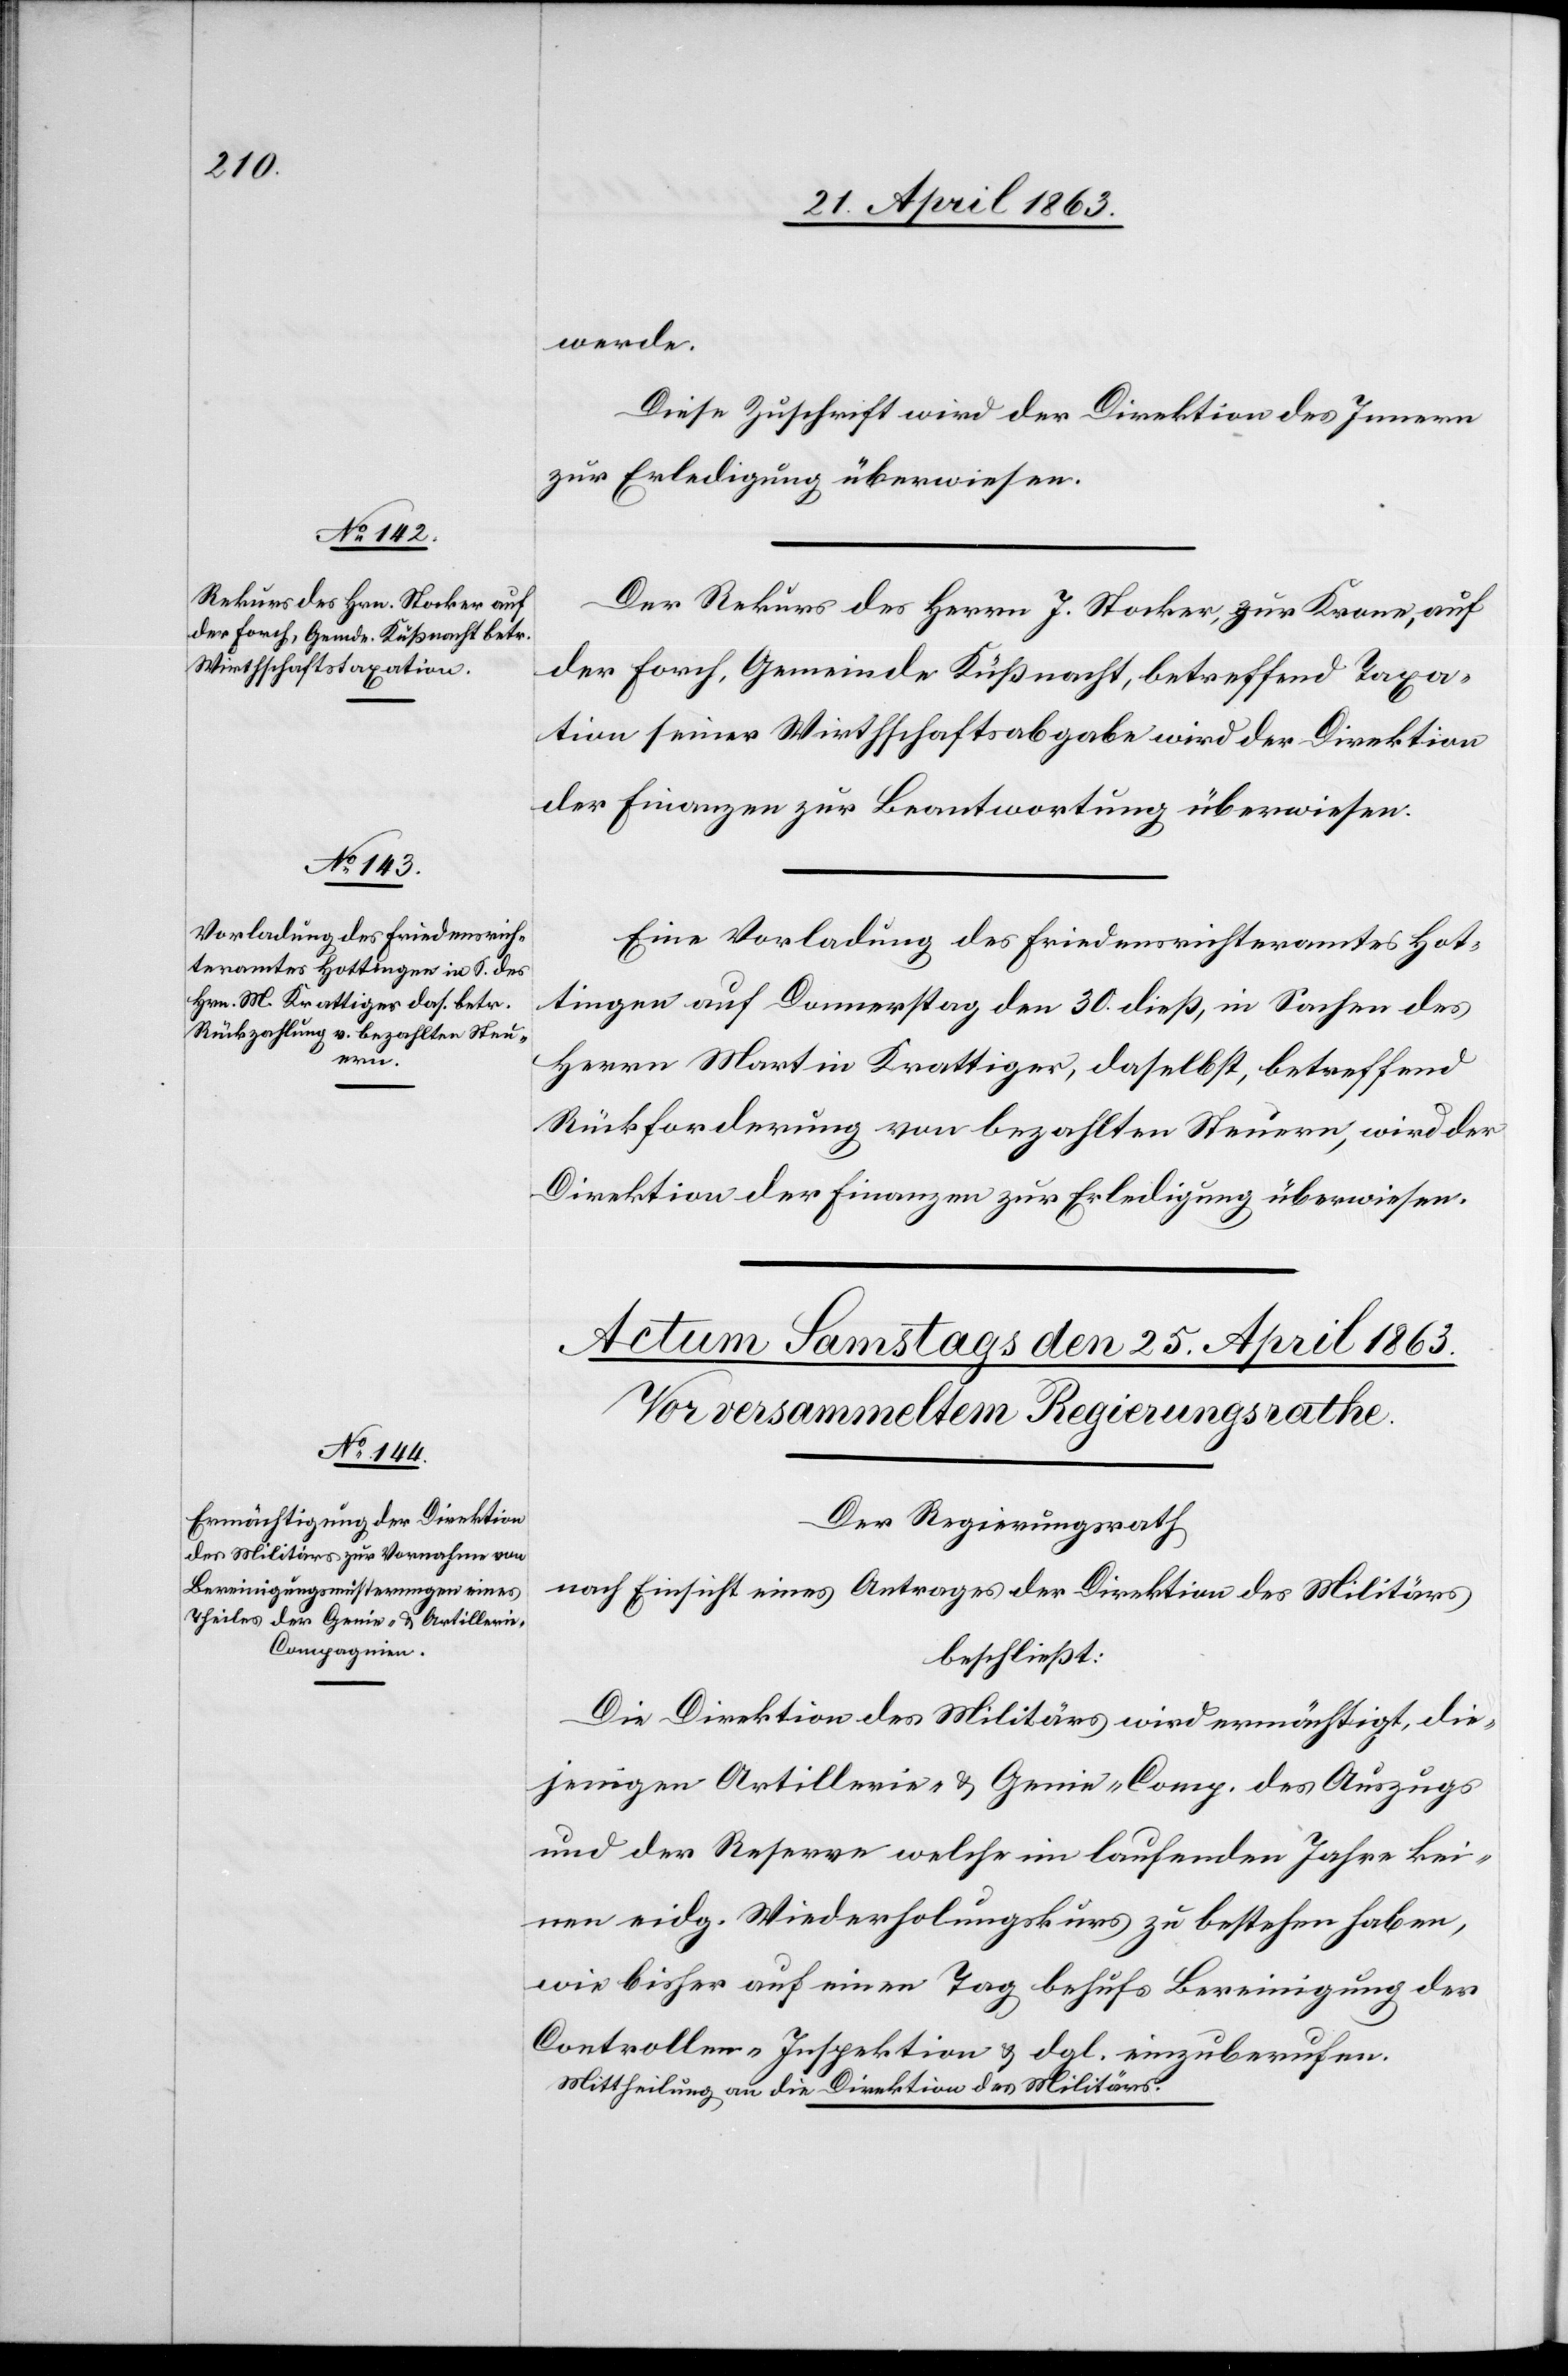
24. April 1863.]
werde.
Diese Zuschrift wird der Direktion des Innern
zur Erledigung überwiesen.
Der Rekurs des Herrn J. Stocker, zur Krone, auf
der Forch, Gemeinde Küßnacht, betreffend Taxa¬
tion seiner Wirthschaftsabgabe wird der Direktion
der Finanzen zur Beantwortung überwiesen.
Eine Vorladung des Friedensrichteramtes Hot¬
tingen auf Donnerstag den 30. dieß, in Sachen des
Herrn Martin Krattiger, daselbst, betreffend
Rückforderung von bezahlten Steuern, wird der
Direktion der Finanzen zur Erledigung überwiesen.
Der Regierungsrath
nach Einsicht eines Antrages der Direktion des Militärs
beschließt:
Die Direktion des Militärs wird ermächtigt, die¬
jenigen Artillerie- & Genie-Comp. des Auszugs
und der Reserve welche im laufenden Jahre kei¬
nen eidg. Wiederholungskurs zu bestehen haben,
wie bisher auf einen Tag behufs Bereinigung der
Controllen-Inspektion & dgl. einzuberufen.
Mittheilung an die Direktion des Militärs.